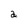
Character: a